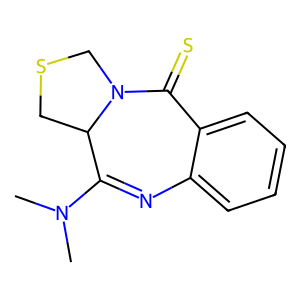
SMILES: CN(C)C1=Nc2ccccc2C(=S)N2CSCC12
Inhibits HIV replication: No